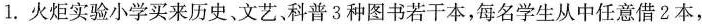
1. 火炬实验小学买来历史、文艺科普3种图书若干本，每名学生从中任意借2本，